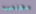
مغتصب